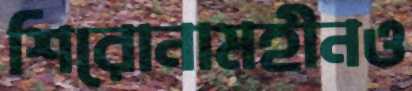
শিরোনামহীনও